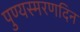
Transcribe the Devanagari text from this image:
पुण्यस्मरणदिन